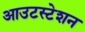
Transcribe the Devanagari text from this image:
आउटस्टेशन